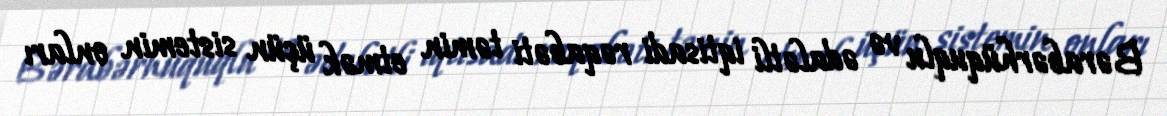
Bərabərhüquqlu və ədalətli iqtisadi rəqabəti təmin etmək üçün sistemin onları